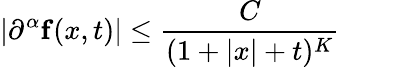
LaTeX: \vert\partial^{\alpha}\mathbf{f}(x,t)\vert\leq{\frac{C}{(1+\vert x\vert+t)^{K}}}\qquad